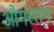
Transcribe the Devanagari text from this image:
औगस्तन